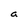
Character: a